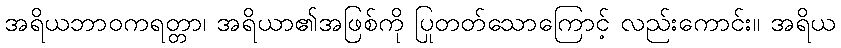
အရိယဘာဝကရတ္တာ၊ အရိယာ၏အဖြစ်ကို ပြုတတ်သောကြောင့် လည်းကောင်း။ အရိယ